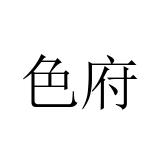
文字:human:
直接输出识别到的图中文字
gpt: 色府